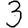
Digit: 3